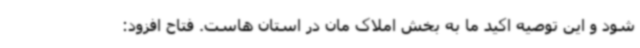
شود و این توصیه اکید ما به بخش املاک مان در استان هاست. فتاح افزود: